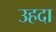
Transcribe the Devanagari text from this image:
उहदा